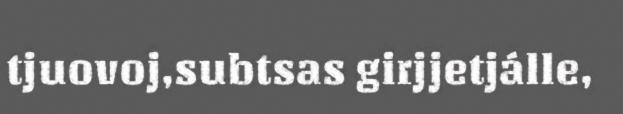
tjuovoj,subtsas girjjetjálle,